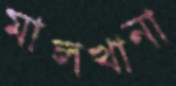
মালখানা